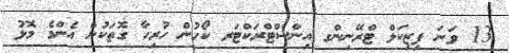
13 ވަނަ ފިޒިކަލް ޓްރޭނިންގ އިންސްޓްރަކްޓަރ ކޯހުން ހުރިހާ ގޮތަކުން އެންމެ މޮޅު